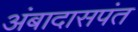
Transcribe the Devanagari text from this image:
अंबादासपंत